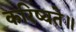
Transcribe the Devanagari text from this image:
करिष्यते॥